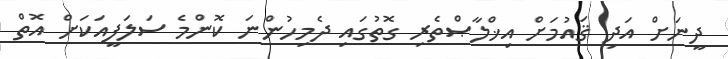
ދީނަށް އަދި ޤައުމަށް އިޚްލާޞްތެރި ގޮތުގައި ދެމިހުންނަ ކޮންމެ ސަލަފީއަކަށް އޮތް